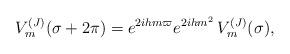
LaTeX: \begin{align*}V_m^{(J)}(\sigma+2\pi ) = e^{2ihm\varpi}e^{2ihm^2}\,V_m^{(J)}(\sigma),\end{align*}